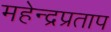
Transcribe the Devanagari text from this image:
महेन्द्रप्रताप